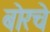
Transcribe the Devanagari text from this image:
बोरचे